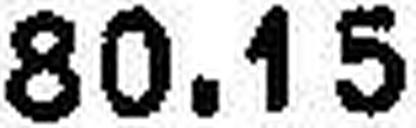
80.15